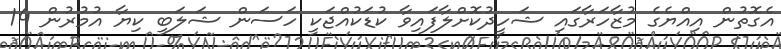
އެގޮތުން އިއްޔެގެ މުޒާހަރާގައި ޝަހީދުކޮށްލާފައިވާ ކުޑަކުއްޖަކީ ހަސަން ޝަލަބީ ކިޔާ އުމުރުން 14